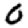
Digit: 0